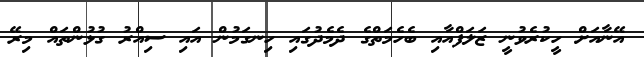
އޭނާއަށް ހީކުރެވުނީ ޒަލަފްއާއި ބެހެމަތްގެ ދެމެދުގައި ހިނގަމުން އައި ސިއްރު ގުޅުންތައް މިރޭ